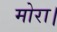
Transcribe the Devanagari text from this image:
मोरा।